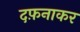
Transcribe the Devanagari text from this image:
दफ़नाकर